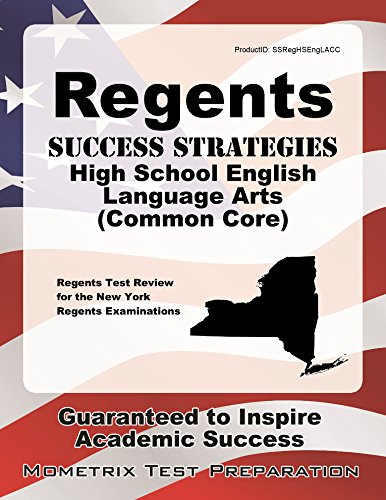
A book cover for Regents Success Strategies High School English Language Arts (Common Core) Study Guide: Regents Test Review for the New York Regents Examinations; Regents Exam Secrets Test Prep Team; Test Preparation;